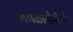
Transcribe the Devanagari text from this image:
मंगळागौरीची